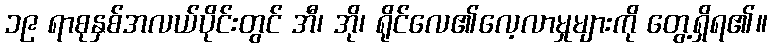
၁၉ ရာစုနှစ်အလယ်ပိုင်းတွင် အီ၊ အို၊ ရိုင်လေ၏လေ့လာမှုများကို တွေ့ရှိရ၏။